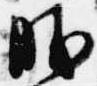
勝